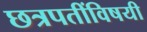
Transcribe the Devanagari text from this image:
छत्रपतींविषयी